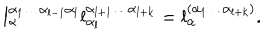
l _ { \alpha } ^ { \alpha _ { 1 } \ldots \alpha _ { l - 1 } \alpha _ { l } } l _ { \alpha _ { l } } ^ { \alpha _ { l + 1 } \ldots \alpha _ { l + k } } = l _ { \alpha } ^ { ( \alpha _ { 1 } \ldots \alpha _ { l + k } ) } .